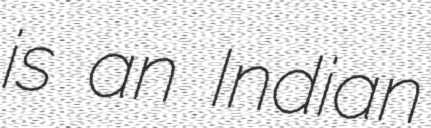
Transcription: is an Indian